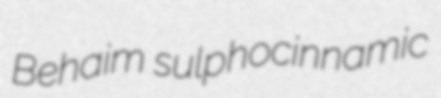
Behaim sulphocinnamic